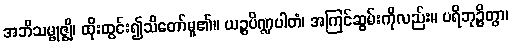
အဘိသမ္ဗုဇ္ဈိ၊ ထိုးထွင်း၍သိတော်မူ၏။ ယဉ္စပိဏ္ဍပါတံ၊ အကြင်ဆွမ်းကိုလည်း။ ပရိဘုဉ္ဇိတွာ၊